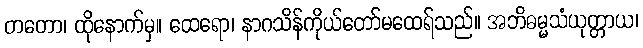
တတော၊ ထိုနောက်မှ။ ထေရော၊ နာဂသိန်ကိုယ်တော်မထေရ်သည်။ အဘိဓမ္မသံယုတ္တာယ၊